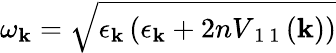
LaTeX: \omega_{\mathbf{k}}=\sqrt{\epsilon_{\mathbf{k}}\left(\epsilon_{\mathbf{k}}+2nV_{\mathrm{~1~1~}}(\mathbf{k})\right)}